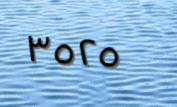
٣٥٢٥